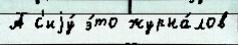
А с'иjу́ э́то журна́лов